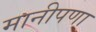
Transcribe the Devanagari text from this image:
मानीपणा